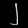
Digit: ၂